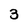
Character: 3